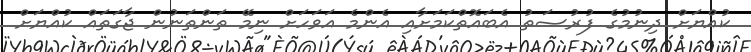
ކުއްޔަށް ދިނުމުގެ ފުރުޞަތު އެބައޮތްކަމަށާއި އެންމެ އަވަހަށް ނިމޭ ތަންތަނުން ޖާގަތައް ކުއްޔަށް